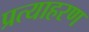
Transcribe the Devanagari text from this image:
प्रत्याहरण